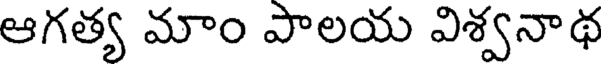
ఆగత్య మాం పాలయ విశ్వనాథ